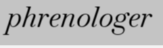
phrenologer